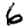
Digit: 6